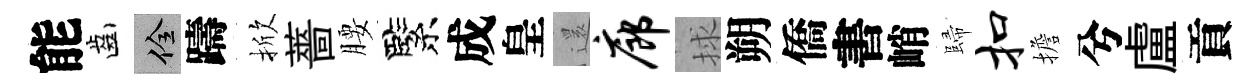
能齒佺躊掀薔腰緊成皇𮟃廊捄朔僑書峭歸扣擔兮盧貢